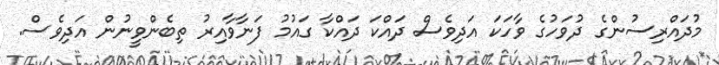
މުދައްރިސުންގެ ދުވަހުގެ ވާހަކަ އަދިވެސް ދައްކަ ދައްކާ ގައުމު ފަނާވާއިރު ތިބެންވީނުން އަދިވެސް.